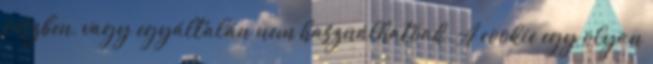
részben, vagy egyáltalán nem használhatóak. A cookie egy olyan